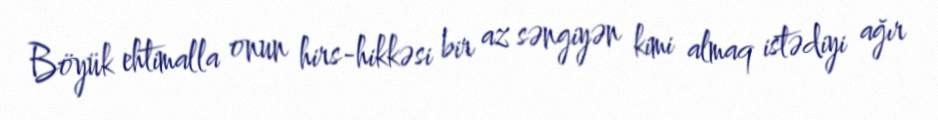
Böyük ehtimalla onun hirs-hikkəsi bir az səngiyən kimi almaq istədiyi ağır